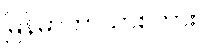
မြန်မာဘာသာစကား